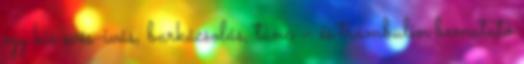
egy kis evés-ivás, barkácsolás, tánc – és trambulin bemutató